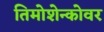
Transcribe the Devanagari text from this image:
तिमोशेन्कोवर